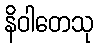
နိဝါတေသု